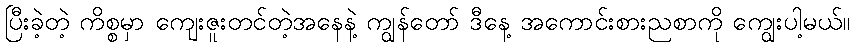
ပြီးခဲ့တဲ့ ကိစ္စမှာ ကျေးဇူးတင်တဲ့အနေနဲ့ ကျွန်တော် ဒီနေ့ အကောင်းစားညစာကို ကျွေးပါ့မယ်။